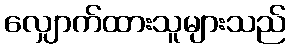
လျှောက်ထားသူများသည်